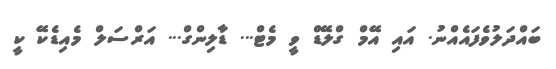
ބައްދަލުވެފައެއްނު. އައި އޭމް ގްލޭޑް ވީ މެޓް... ޑާލިންގް... އަރްސަލް މެއިޑެކޭ ކީ